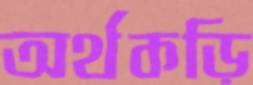
অর্থকড়ি